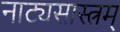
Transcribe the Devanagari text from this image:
नाट्यसास्त्रम्